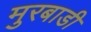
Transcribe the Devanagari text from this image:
मुरबाडी